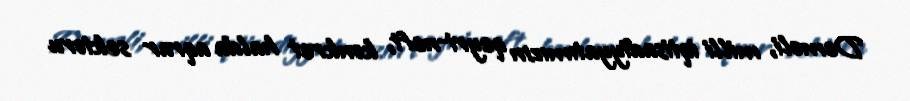
Deməli, milli iqtisadiyyatımızın qeyri-neft, konkret halda aqrar sektoru